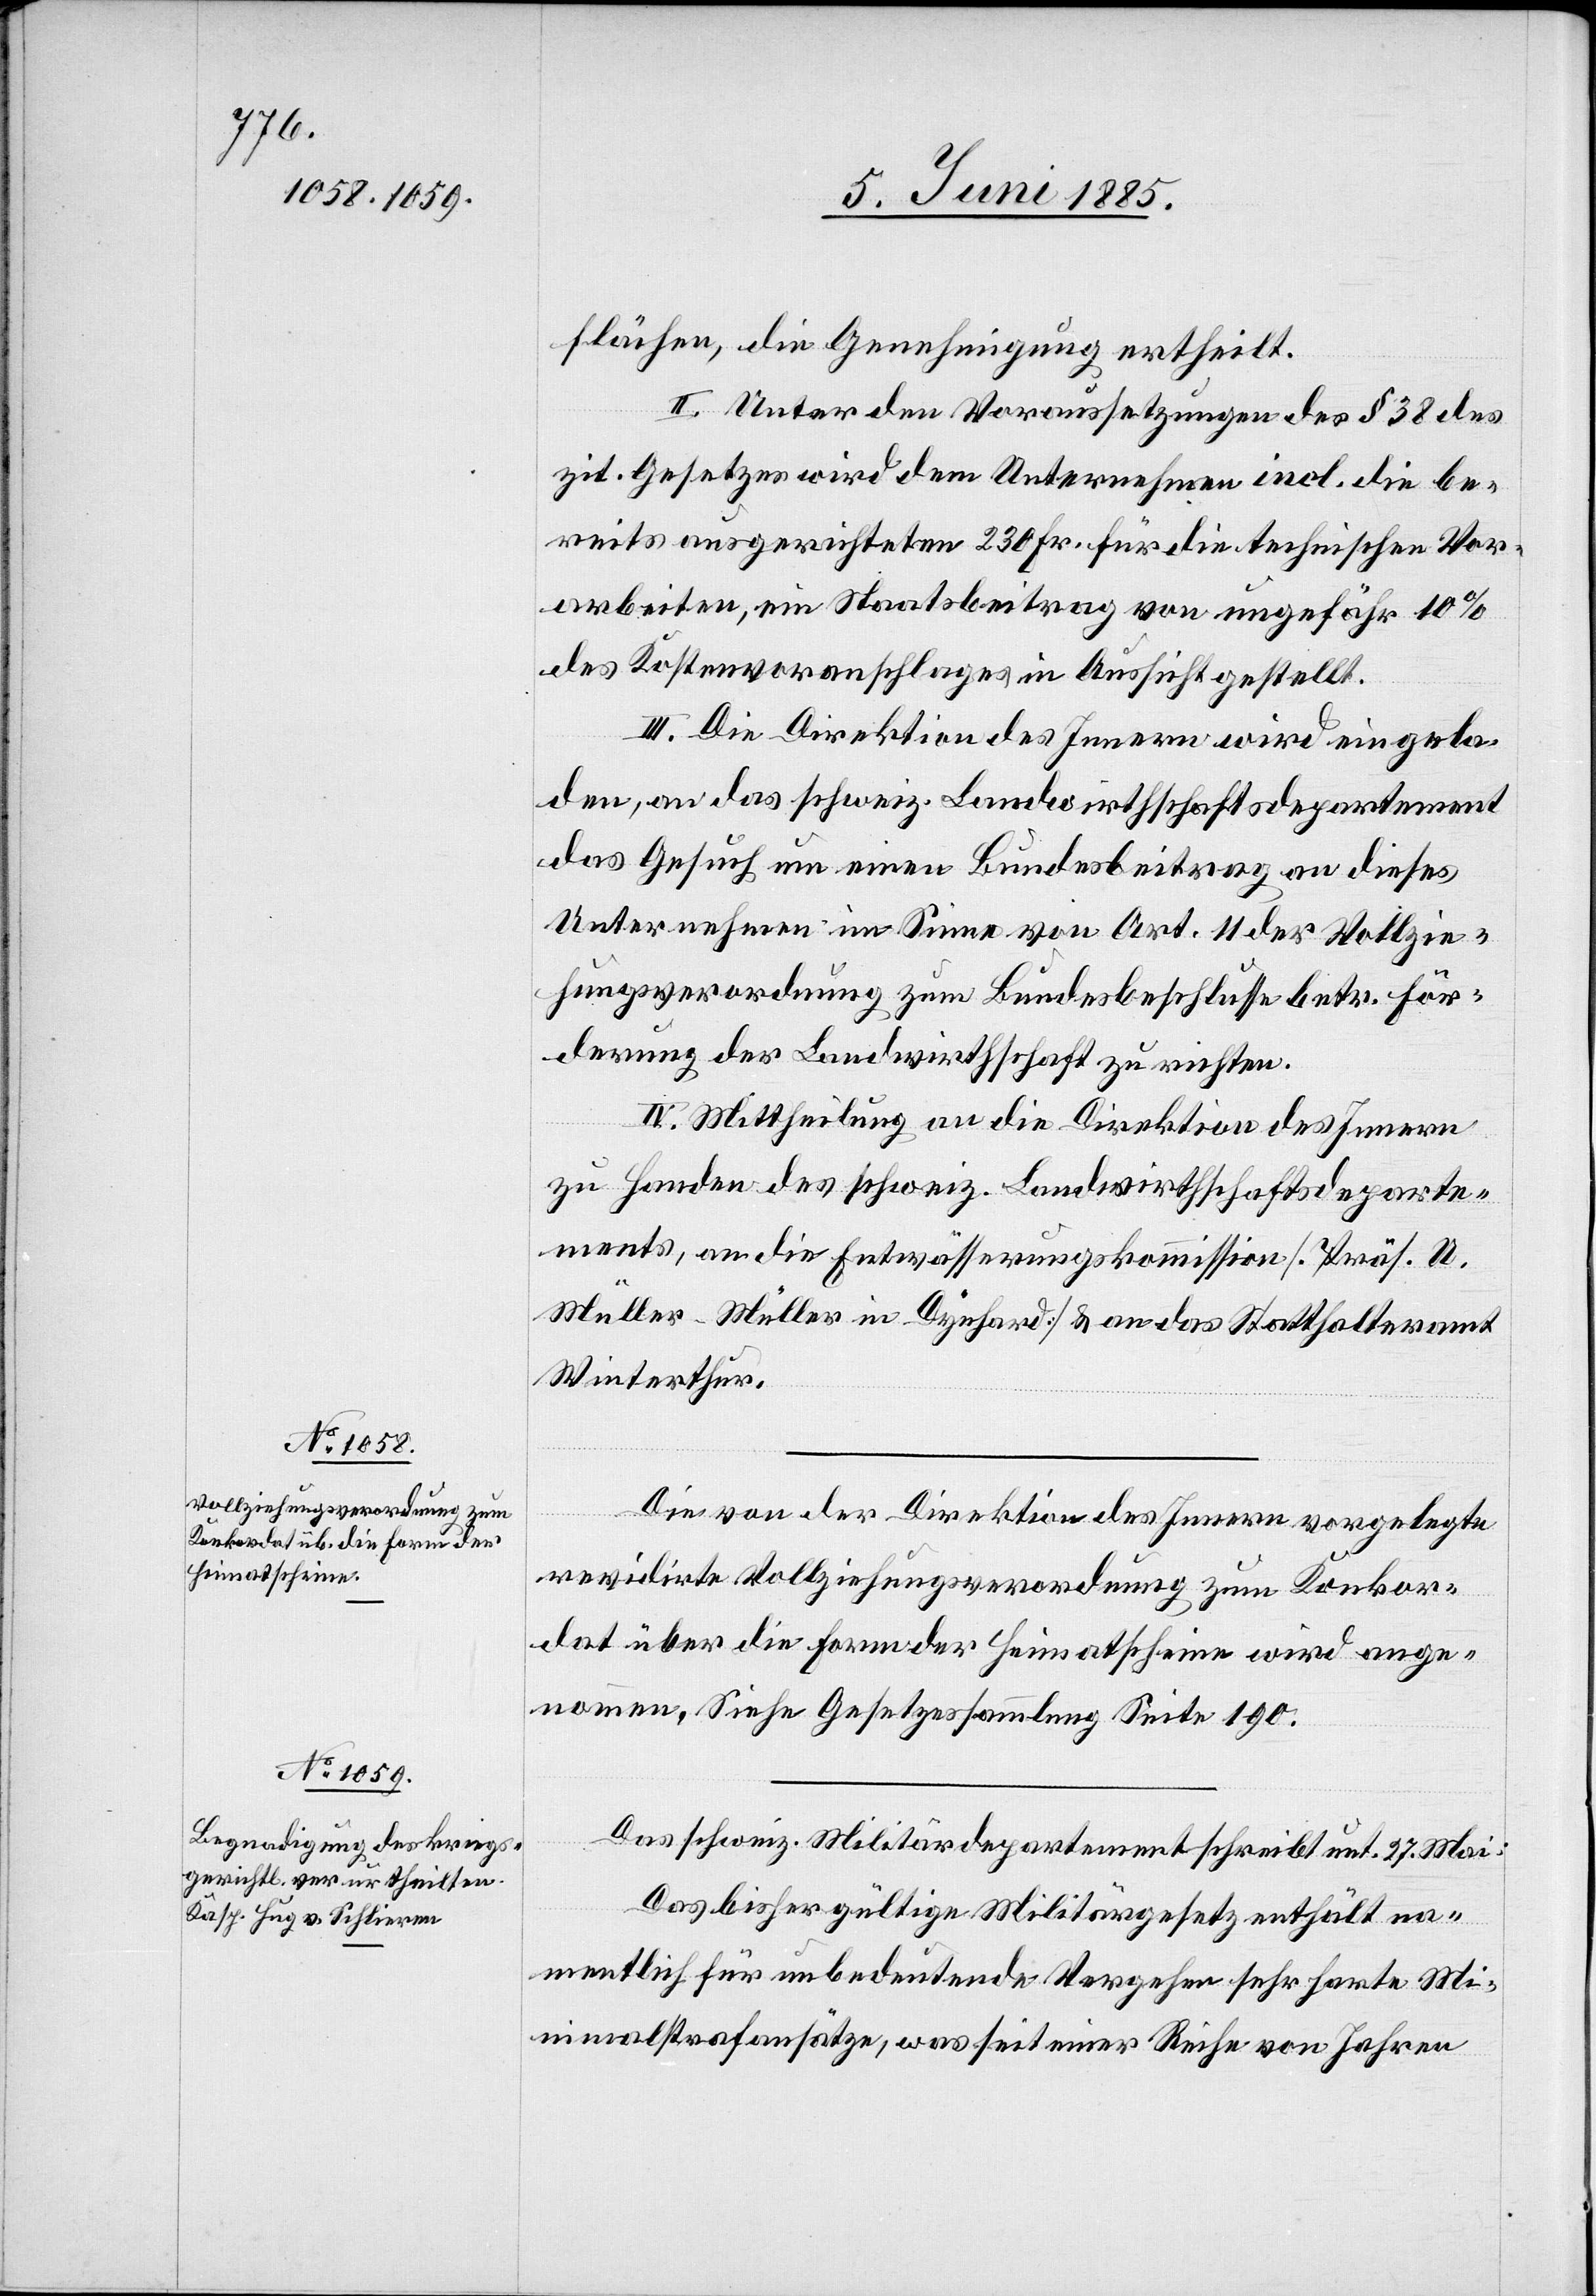
flächen, die Genehmigung ertheilt.
II. Unter den Voraussetzungen des § 38 des
zit. Gesetzes wird dem Unternehmen incl. die be¬
reits ausgerichteten 230 Fr. für die technischen Vor¬
arbeiten, ein Staatsbeitrag von ungefähr 10%
des Kostenvoranschlages in Aussicht gestellt.
III. Die Direktion des Innern wird eingela¬
den, an das schweiz. Landwirthschaftsdepartement
das Gesuch um einen Bundesbeitrag an dieses
Unternehmen im Sinne von Art. 11 der Vollzie¬
hungsverordnung zum Bundesbeschlusse betr. För¬
derung der Landwirthschaft zu richten.
IV, Mittheilung an die Direktion des Innern
zu Handen des schweiz. Landwirthschaftsdeparte¬
ments, an die Entwässerungskommission [Präs. U.
Müller – Müller in Dynhard] & an das Statthalteramt
Winterthur.
Die von der Direktion des Innern vorgelegte
revidirte Vollziehungsverordnung zum Konkor¬
dat über die Form der Heimatscheine wird ange¬
nommen. Siehe Gesetzessammlung Seite 190.
Das schweiz. Militärdepartement schreibt unt. 27. Mai:
Das bisher gültige Militärgesetz enthält na¬
mentlich für unbedeutende Vorgehen sehr harte Mi¬
nimalstrafansätze, was seit einer Reihe von Jahren